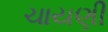
ચાયણી